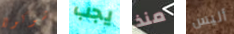
شوكولا يجب منذ أليس